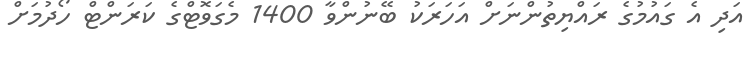
އަދި އެ ގައުމުގެ ރައްޔިތުންނަށް އަހަރަކު ބޭނުންވާ 1400 މެގަވޮޓްގެ ކަރަންޓް ހޯދުމަށް